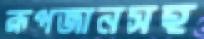
রূপজানসহ